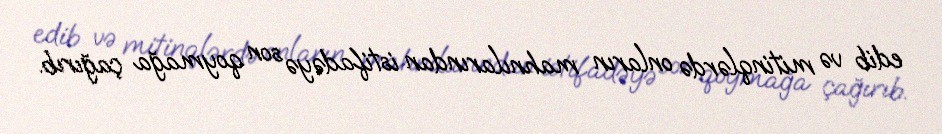
edib və mitinqlərdə onların mahnılarından istifadəyə son qoymağa çağırıb.